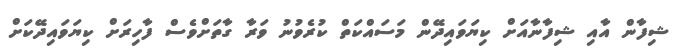
ޝިފާން އާއި ޝިފާނާއަށް ކިޔަވައިދޭން މަސައްކަތް ކުރެވުނު ވަރާ ގާތަށްވެސް ފާހިރަށް ކިޔަވައިދޭކަށް